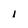
Character: I